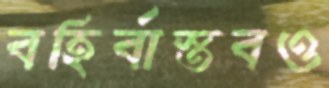
বহির্বাস্তবও